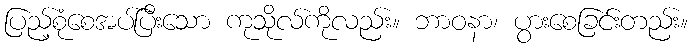
ပြည့်စုံစေအပ်ပြီးသော ကုသိုလ်ကိုလည်း။ ဘာဝနာ၊ ပွားစေခြင်းတည်း။